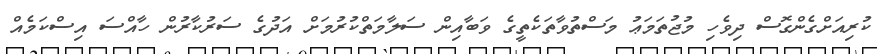
ކުރިއަށްގެންގޮސް ދިވެހި މުޖުތަމަޢު މަސްތުވާތަކެތީގެ ވަބާއިން ސަލާމަތްކުރުމަށް އަދުގެ ސަރުކާރުން ހާއްސަ އިސްކަމެއް